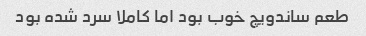
طعم ساندویچ خوب بود اما کاملا سرد شده بود